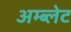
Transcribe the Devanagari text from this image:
अम्ब्लेट